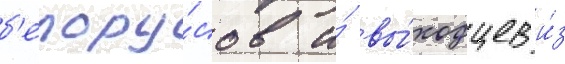
б'елору́сов и́ вы́ходцев и́з